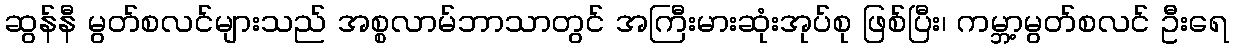
ဆွန်နီ မွတ်စလင်များသည် အစ္စလာမ်ဘာသာတွင် အကြီးမားဆုံးအုပ်စု ဖြစ်ပြီး၊ ကမ္ဘာ့မွတ်စလင် ဦးရေ